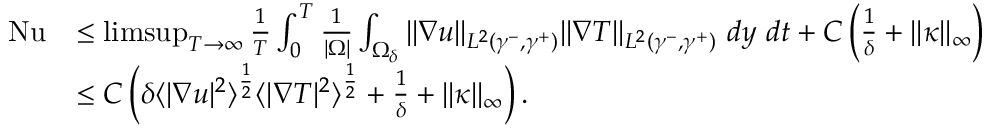
\begin{array} { r l } { \mathrm { { N u } } } & { \leq \operatorname* { l i m s u p } _ { T \to \infty } \frac { 1 } { T } \int _ { 0 } ^ { T } \frac { 1 } { | \Omega | } \int _ { \Omega _ { \delta } } \| \nabla u \| _ { L ^ { 2 } ( \gamma ^ { - } , \gamma ^ { + } ) } \| \nabla T \| _ { L ^ { 2 } ( \gamma ^ { - } , \gamma ^ { + } ) } \ d y \ d t + C \left( \frac { 1 } { \delta } + \| \kappa \| _ { \infty } \right) } \\ & { \leq C \left( \delta \langle | \nabla u | ^ { 2 } \rangle ^ { \frac { 1 } { 2 } } \langle | \nabla T | ^ { 2 } \rangle ^ { \frac { 1 } { 2 } } + \frac { 1 } { \delta } + \| \kappa \| _ { \infty } \right) . } \end{array}